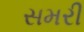
સમરી